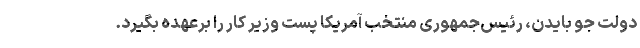
دولت جو بایدن، رئیس‌جمهوری منتخب آمریکا پست وزیر کار را برعهده بگیرد.